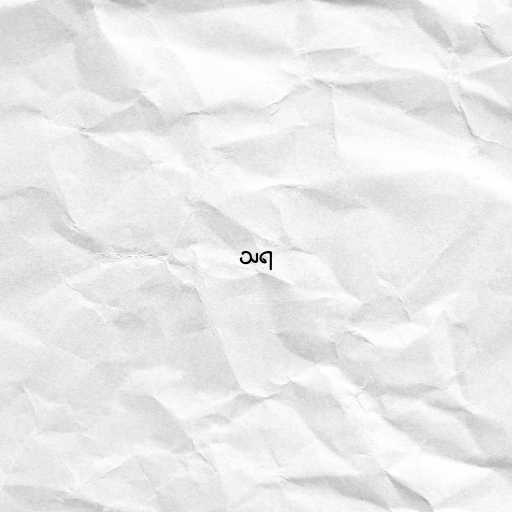
သရ